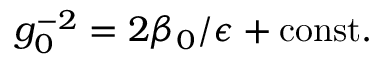
g _ { 0 } ^ { - 2 } = 2 \beta _ { 0 } / \epsilon + \mathrm { c o n s t . }